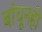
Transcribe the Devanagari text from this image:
बांधूनही